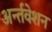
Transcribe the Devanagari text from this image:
अर्न्तवेशन